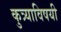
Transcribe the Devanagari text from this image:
कुत्र्याविषयी